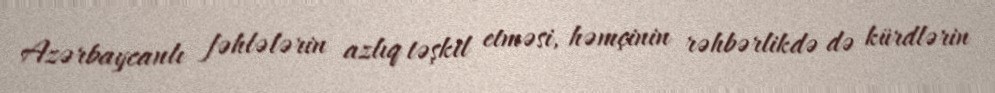
Azərbaycanlı fəhlələrin azlıq təşkil etməsi, həmçinin rəhbərlikdə də kürdlərin